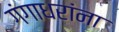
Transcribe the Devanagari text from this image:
गंगाधरांना